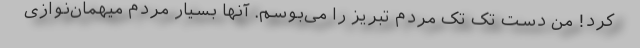
کرد! من دست تک تک مردم تبریز را می‌بوسم. آنها بسیار مردم میهمان‌نوازی